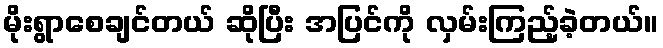
မိုးရွာစေချင်တယ် ဆိုပြီး အပြင်ကို လှမ်းကြည့်ခဲ့တယ်။